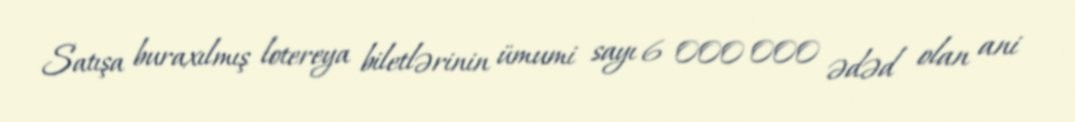
Satışa buraxılmış lotereya biletlərinin ümumi sayı 6 000 000 ədəd olan ani